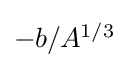
{\textstyle -b/A^{1/3}}